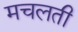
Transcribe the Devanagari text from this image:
मचलती